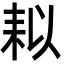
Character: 䎣